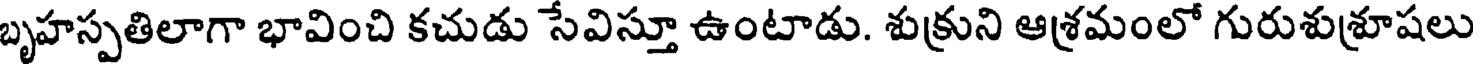
బృహస్పతిలాగా భావించి కచుడు సేవిస్తూ ఉంటాడు. శుక్రుని ఆశ్రమంలో గురుశుశ్రూషలు